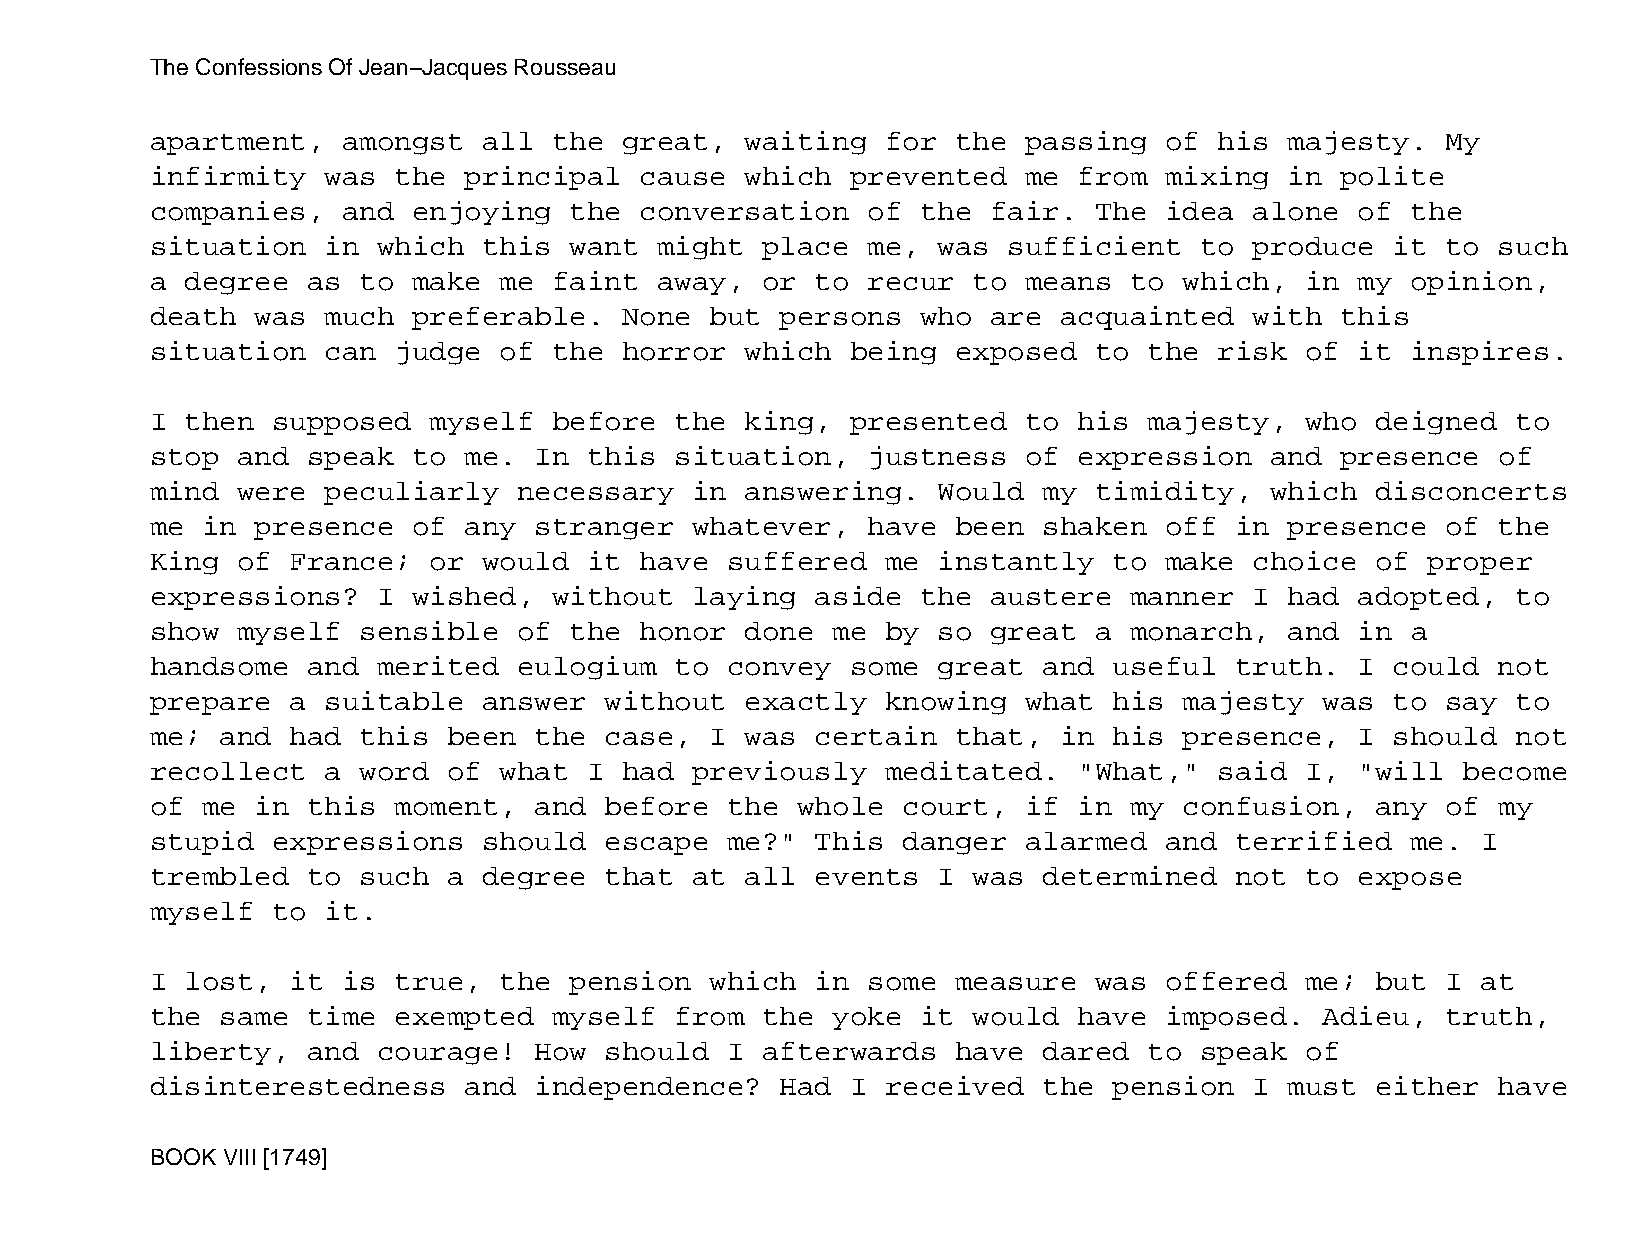
The Confessions Of Jean−Jacques Rousseau
 apartment,   amongst  all  the great,  waiting   for the  passing  of  his majesty.   My
 infirmity   was the  principal  cause  which  prevented   me from  mixing  in  polite
 companies,   and enjoying   the conversation   of  the  fair. The  idea  alone  of the
 situation   in which  this  want  might place  me,  was  sufficient  to  produce  it  to such
 a degree  as  to make  me  faint  away, or  to recur  to  means  to which,  in  my opinion,
 death  was  much preferable.   None  but  persons  who  are acquainted   with  this
 situation   can judge  of  the horror  which  being  exposed  to  the  risk of  it inspires.
 I then  supposed  myself   before  the king,  presented   to his  majesty,  who  deigned  to
 stop  and speak  to  me. In  this  situation,  justness   of expression   and  presence  of
 mind  were  peculiarly  necessary   in answering.   Would  my timidity,   which  disconcerts
 me in  presence  of  any stranger   whatever,  have  been  shaken  off  in presence   of the
 King  of France;  or  would  it have  suffered   me instantly   to make  choice  of  proper
 expressions?   I wished,   without  laying  aside  the  austere  manner  I had  adopted,  to
 show  myself  sensible  of  the honor  done  me  by so  great a  monarch,  and  in a
 handsome  and  merited  eulogium   to convey  some  great  and  useful  truth.  I could  not
 prepare  a  suitable  answer  without  exactly   knowing  what  his majesty   was to  say to
 me;  and had  this  been the  case,  I was  certain  that,  in  his presence,   I should  not
 recollect   a word  of what  I had  previously   meditated.  "What,"   said I,  "will  become
 of me  in this  moment,  and  before  the  whole  court,  if in  my confusion,   any  of my
 stupid  expressions   should  escape  me?"  This  danger  alarmed  and  terrified  me.  I
 trembled  to  such  a degree  that  at all  events  I was  determined   not to  expose
 myself  to  it.
 I lost,  it  is true,  the  pension  which  in some  measure  was  offered  me;  but  I at
 the  same time  exempted   myself  from the  yoke  it would  have  imposed.   Adieu,  truth,
 liberty,  and  courage!  How  should  I afterwards   have  dared  to speak  of
 disinterestedness    and independence?    Had I  received  the  pension  I must  either  have
 BOOK VIII [1749]